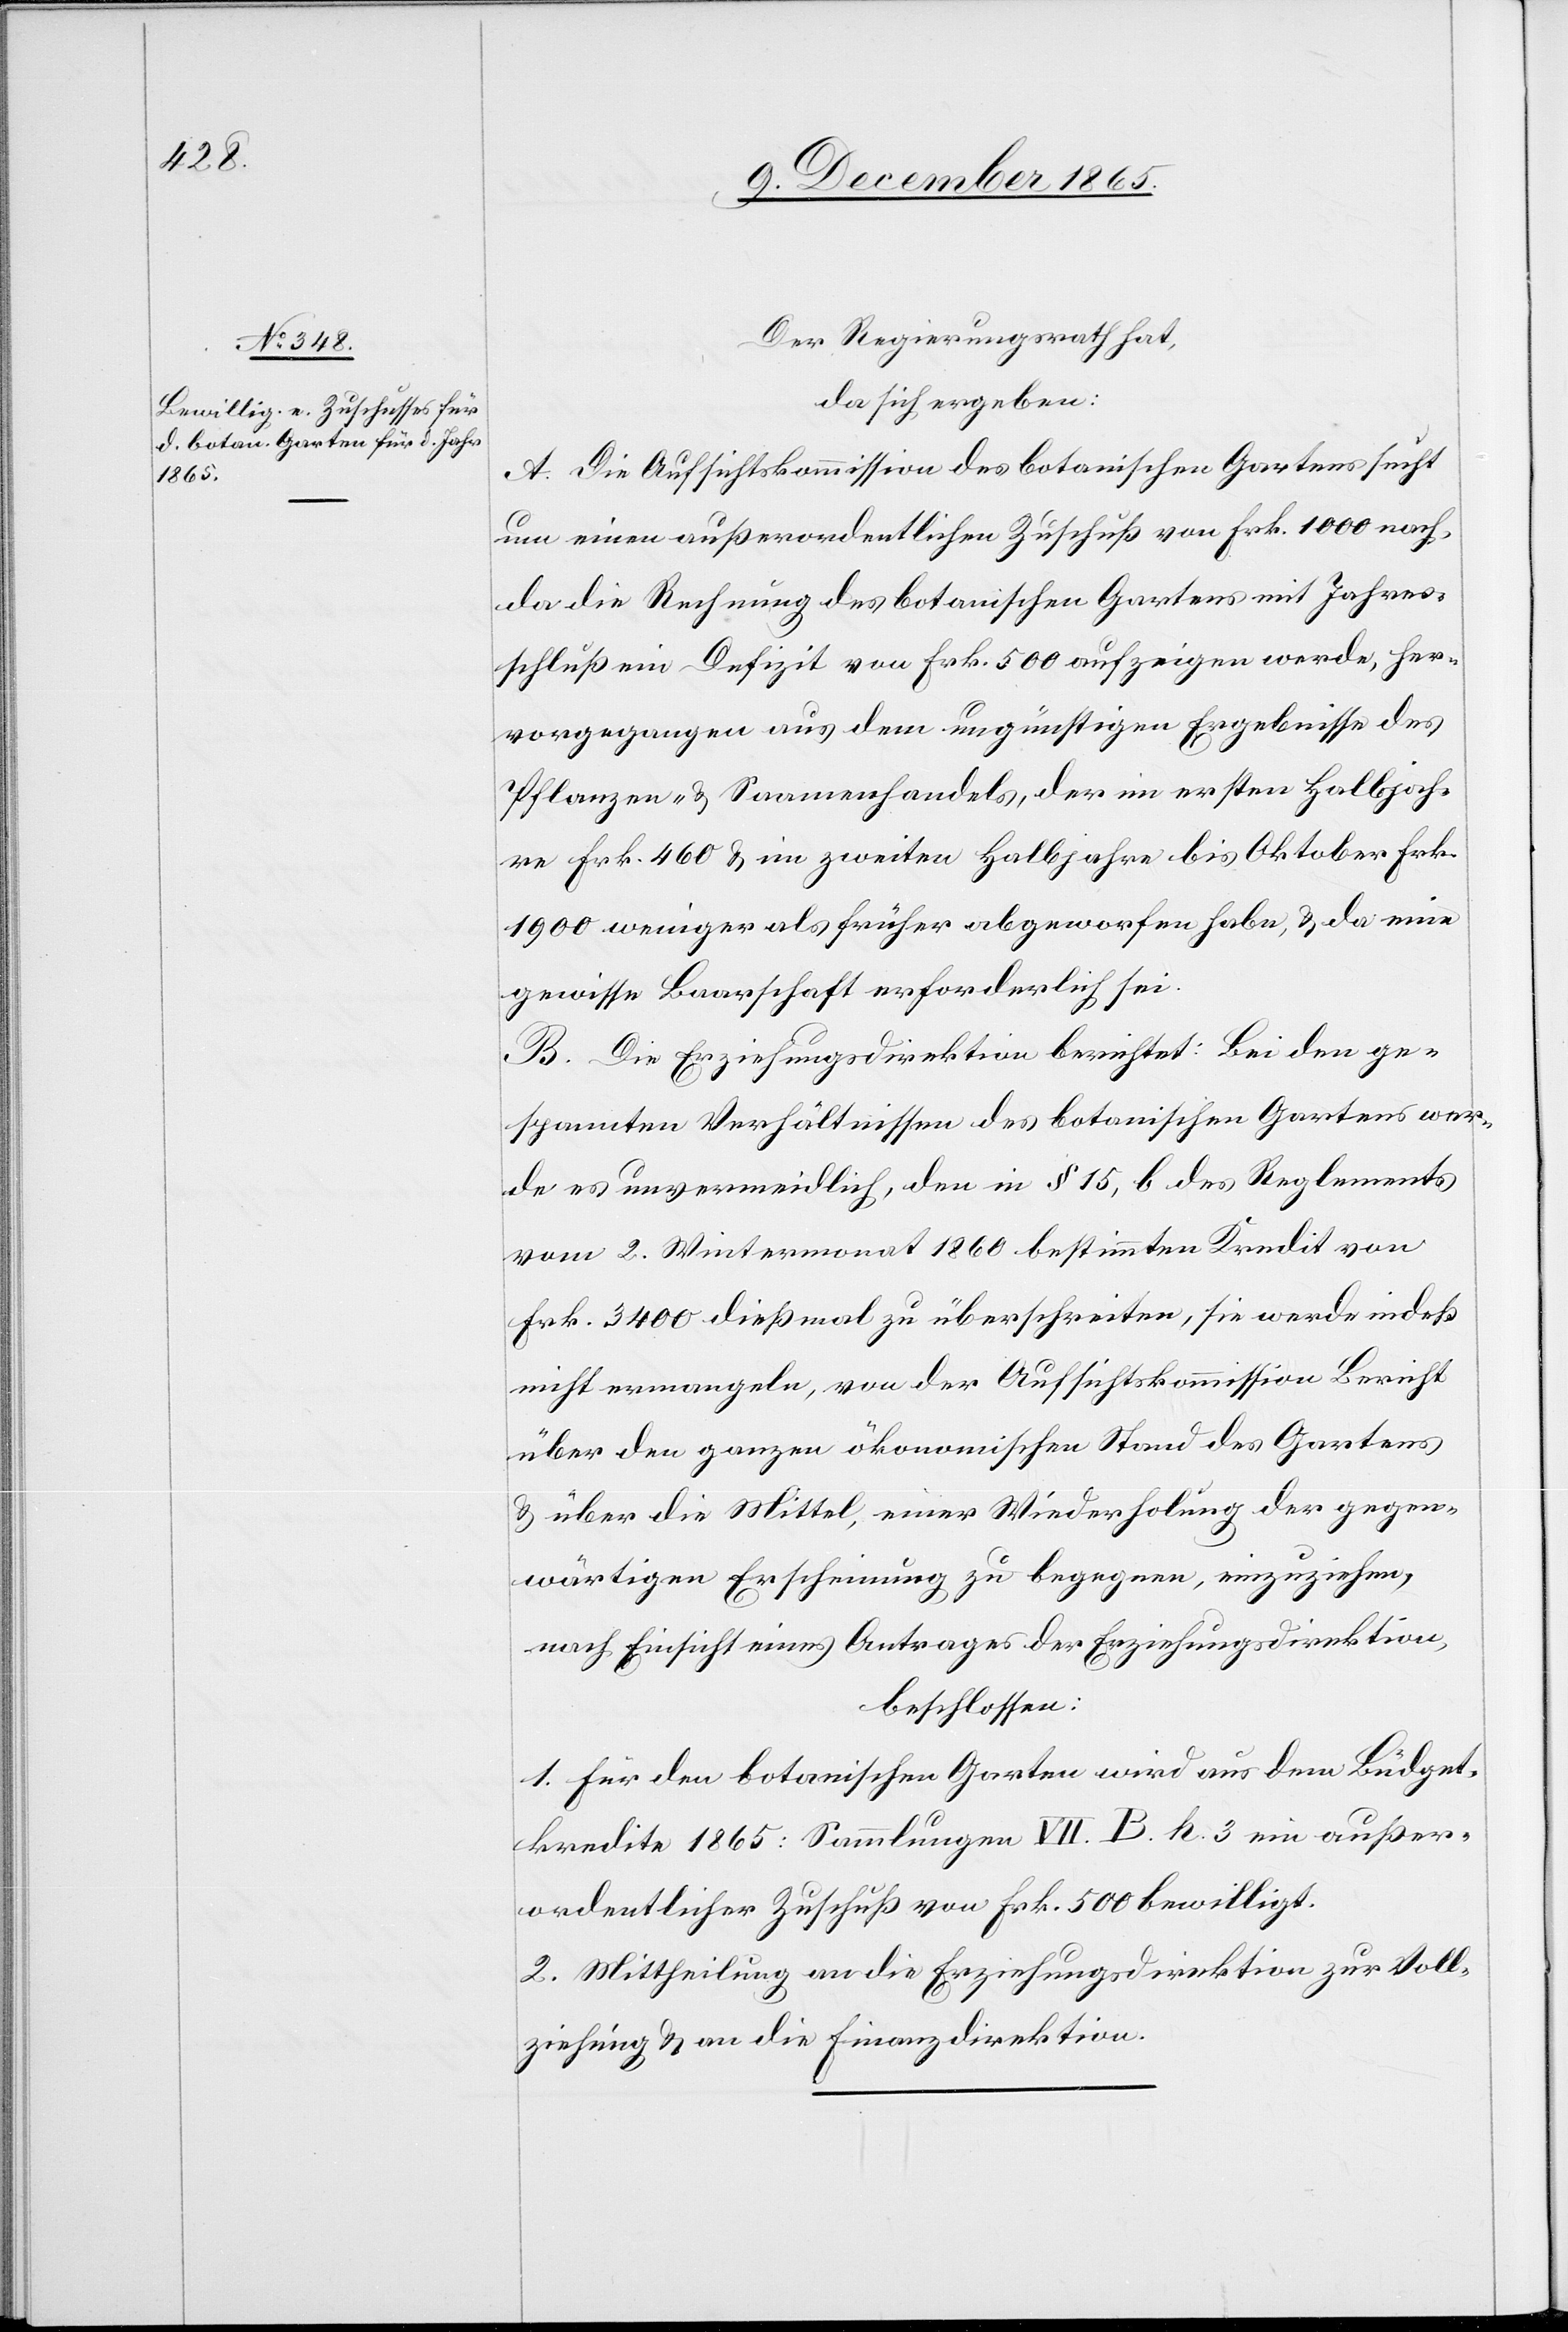
Der Regierungsrath hat,
da sich ergeben:
A. Die Aufsichtskommission des botanischen Gartens sucht
um einen außerordentlichen Zuschuß von Frk. 1000 nach,
da die Rechnung des botanischen Gartens mit Jahres¬
schluß ein Defizit von Frk. 500 aufzeigen werde, her¬
vorgegangen aus dem ungünstigen Ergebnisse des
Pflanzen- & Saamenhandels, der im ersten Halbjah¬
re Frk. 460 & im zweiten Halbjahre bis Oktober Frk.
1900 weniger als früher abgeworfen habe, & da eine
gewisse Baarschaft erforderlich sei.
B. Die Erziehungsdirektion berichtet: Bei den ge¬
spannten Verhältnissen des botanischen Gartens wer¬
de es unvermeidlich, den in § 15 des Reglements
vom 2. Wintermonat 1860 bestimmten Kredit von
Frk. 3400 dießmal zu überschreiten, sie werde indeß
nicht ermangeln, von der Aufsichtskommission Bericht
über den ganzen ökonomischen Stand des Gartens
& über die Mittel, einer Wiederholung der gegen¬
wärtigen Erscheinung zu begegnen, einzuziehen,
nach Einsicht eines Antrages der Erziehungsdirektion,
beschlossen:
1. Für den botanischen Garten wird aus dem Büdget¬
kredite 1865: Sammlungen VII. B. h. 3. ein außer¬
ordentlicher Zuschuß von Frk. 500 bewilligt.
2. Mittheilung an die Erziehungsdirektion zur Voll¬
ziehung & an die Finanzdirektion.